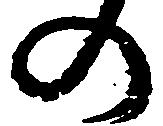
の